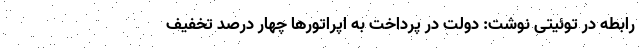
رابطه در توئیتی نوشت: دولت در پرداخت‌ به اپراتورها چهار درصد تخفیف